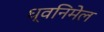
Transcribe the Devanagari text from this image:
ध्वनिमेल